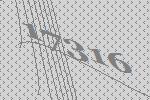
17316